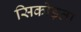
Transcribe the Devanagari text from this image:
सिकोड़ता